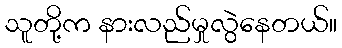
သူတို့က နားလည်မှုလွဲနေတယ်။